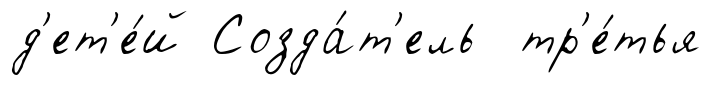
д'ет'е́й Созда́т'ель тр'е́тья